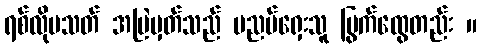
ရစ်လိုမသတ် အမြဲမှတ်သည် ပညပ်ရှေးသူ မြွက်ထွေတည်း ။